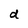
Character: d